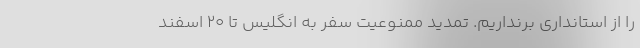
را از استانداری برنداریم. تمدید ممنوعیت سفر به انگلیس تا ٢٠ اسفند